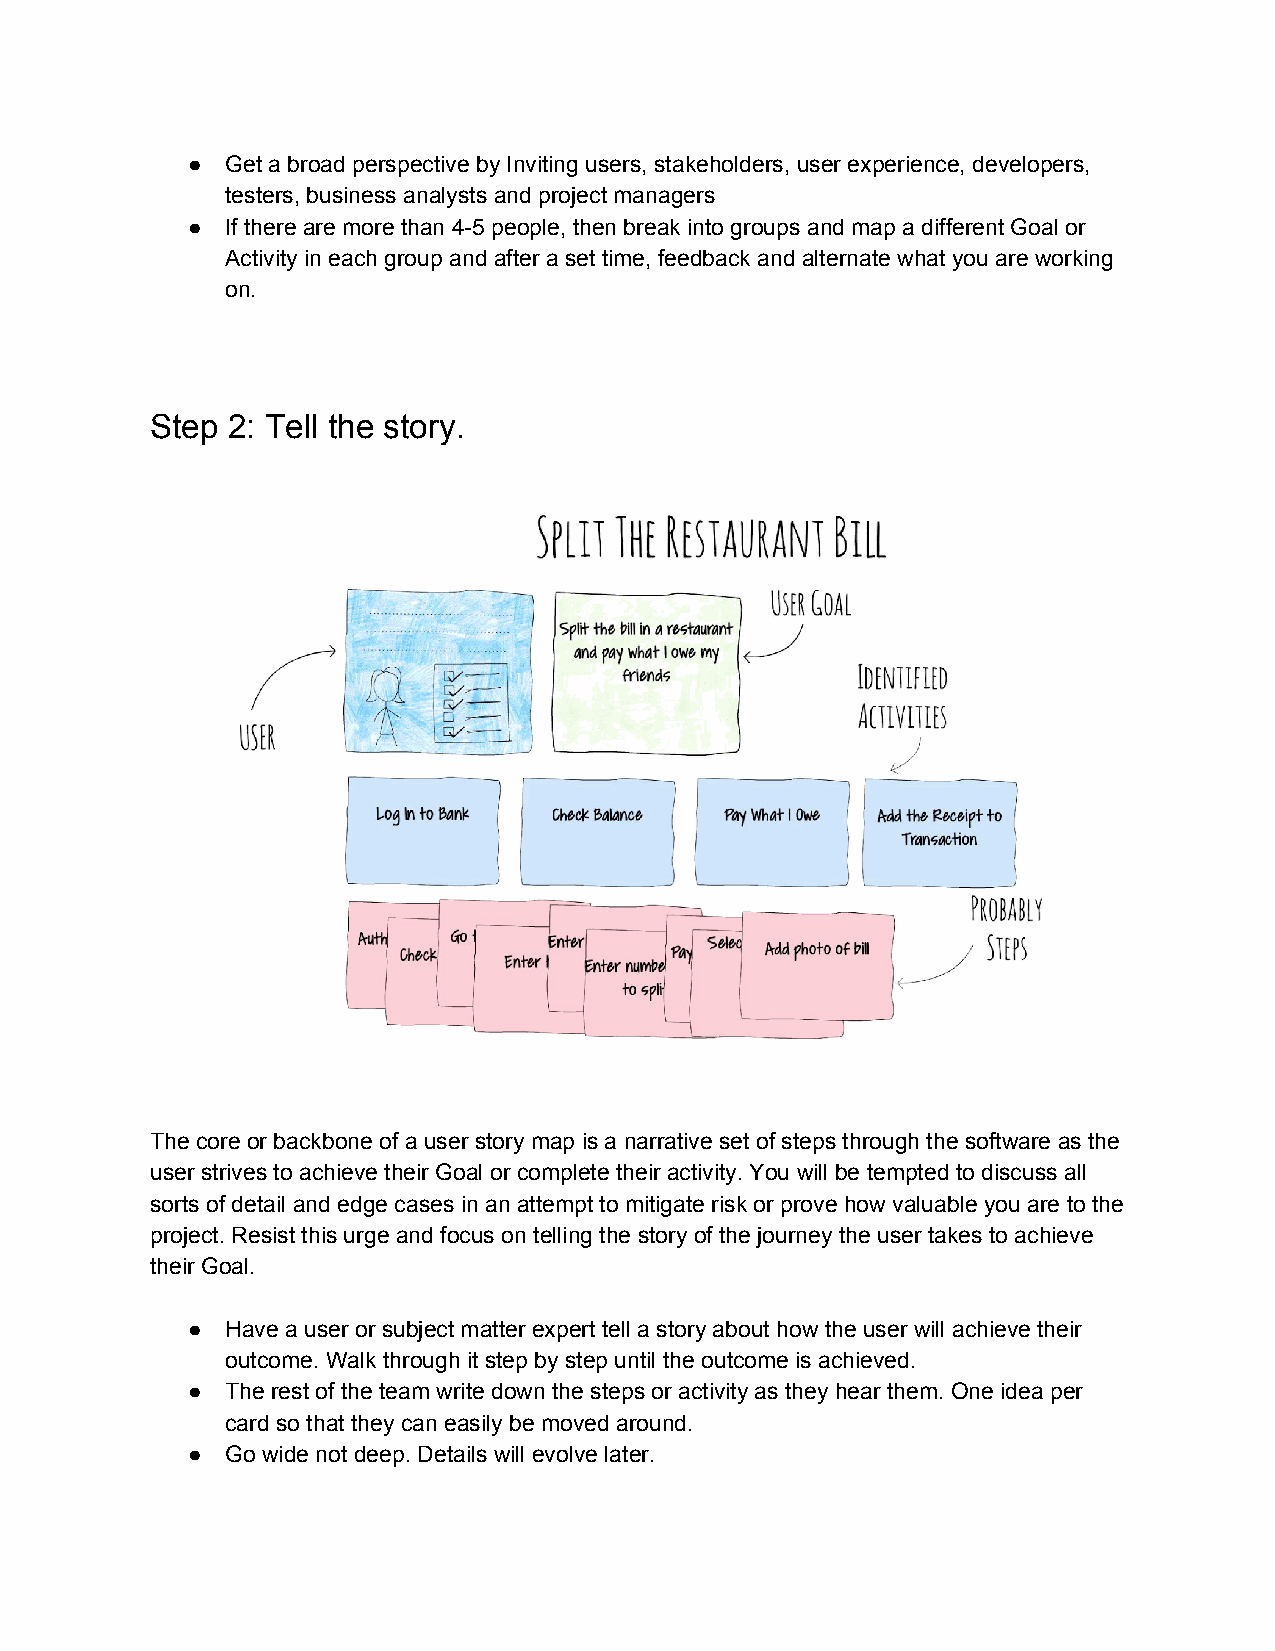
●  Get a broad perspective by Inviting users, stakeholders, user experience, developers,
 testers, business analysts and project managers
 ●  If there are more than 4-5 people, then break into groups and map a different Goal or
 Activity in each group and after a set time, feedback and alternate what you are working
 on.
 Step 2: Tell the story.
 The core or backbone of a user story map is a narrative set of steps through the software as the
 user strives to achieve their Goal or complete their activity. You will be tempted to discuss all
 sorts of detail and edge cases in an attempt to mitigate risk or prove how valuable you are to the
 project. Resist this urge and focus on telling the story of the journey the user takes to achieve
 their Goal.
 ●  Have a user or subject matter expert tell a story about how the user will achieve their
 outcome. Walk through it step by step until the outcome is achieved.
 ●  The rest of the team write down the steps or activity as they hear them. One idea per
 card so that they can easily be moved around.
 ●  Go wide not deep. Details will evolve later.